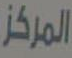
المركز